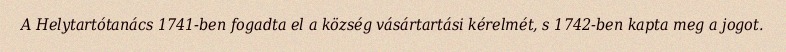
A Helytartótanács 1741-ben fogadta el a község vásártartási kérelmét, s 1742-ben kapta meg a jogot.